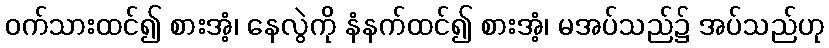
ဝက်သားထင်၍ စားအံ့၊ နေလွဲကို နံနက်ထင်၍ စားအံ့၊ မအပ်သည်၌ အပ်သည်ဟု